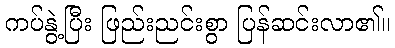
ကပ်နွဲ့ပြီး ဖြည်းညင်းစွာ ပြန်ဆင်းလာ၏။